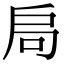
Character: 𭠂